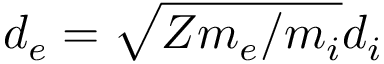
d _ { e } = \sqrt { Z m _ { e } / m _ { i } } d _ { i }